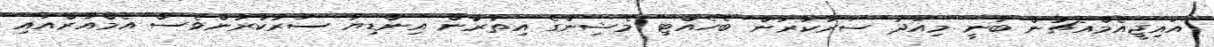
އައިޖީއެމްއެޗުން ބުނީ މިއަދު ސަރުކާރުން ބެހެއްޓި މެޝިންގެ އިތުރުން އިންޑިޔާ ސަރުކާރުންވެސް އެމްއާރްއައި